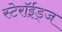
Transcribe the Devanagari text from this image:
स्टेरॉईड्ज